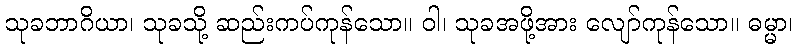
သုခဘာဂိယာ၊ သုခသို့ ဆည်းကပ်ကုန်သော။ ဝါ၊ သုခအဖို့အား လျော်ကုန်သော။ ဓမ္မာ၊